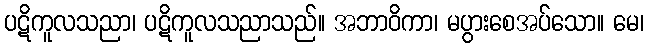
ပဋိကူလသညာ၊ ပဋိကူလသညာသည်။ အဘာဝိကာ၊ မပွားစေအပ်သော။ မေ၊